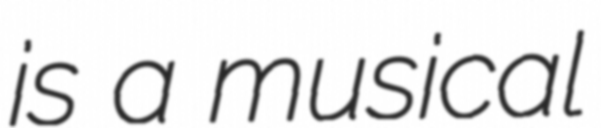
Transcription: is a musical